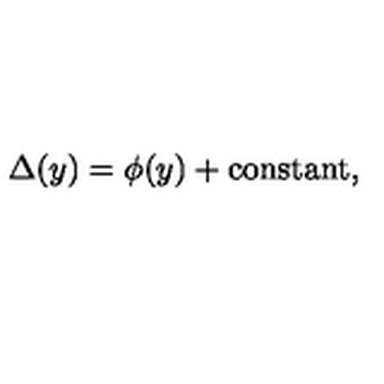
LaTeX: \Delta ( y ) = \phi ( y ) + \mathrm { c o n s t a n t } ,